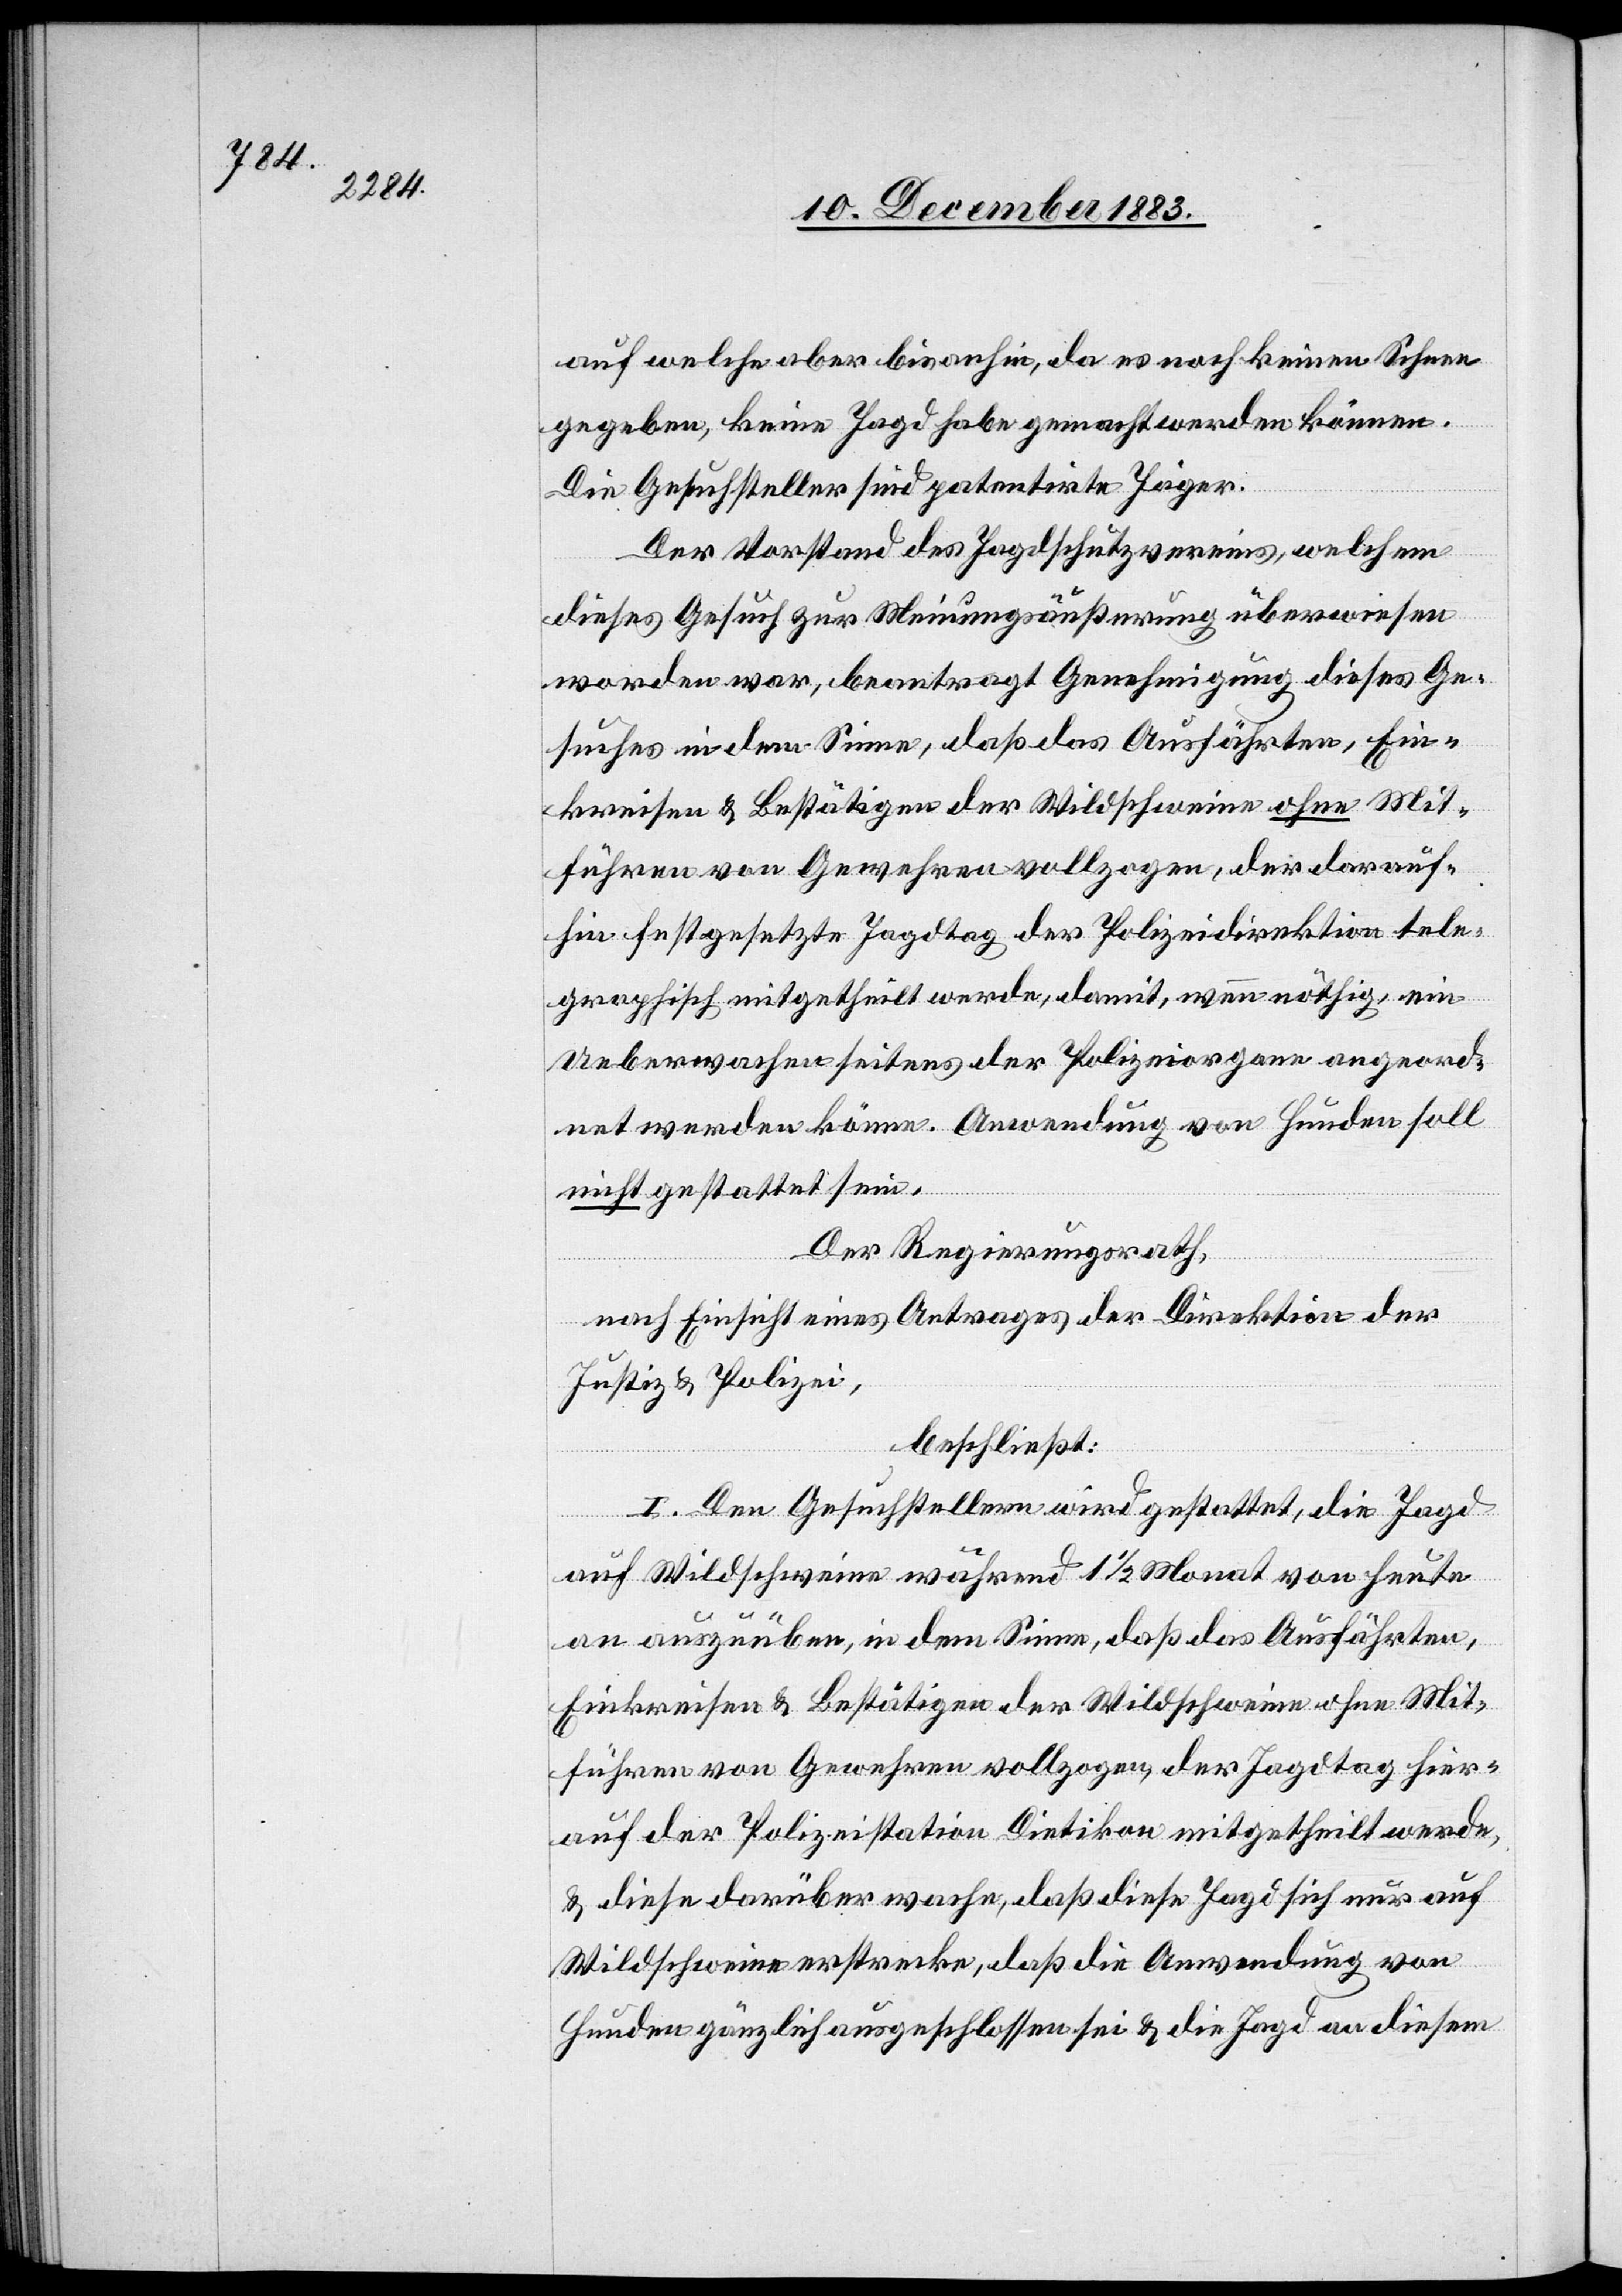
auf welche aber bisanhin, da es noch keinen Schnee
gegeben, keine Jagd habe gemacht werden können.
Die Gesuchsteller sind patentirte Jäger.
Der Vorstand des Jagdschutzvereins, welchem
dieses Gesuch zur Meinungsäußerung überwiesen
worden war, beantragt Genehmigung dieses Ge¬
suches in dem Sinne, daß das Ausfährten, Ein¬
kreisen & Bestätigen der Wildschweine ohne Mit¬
führen von Gewehren vollzogen, der darauf¬
hin festgesetzte Jagdtag der Polizeidirektion tele¬
graphisch mitgetheilt werde, damit, wenn nöthig, ein
Ueberwachen seitens der Polizeiorgane angeord¬
net werden könne. Anwendung von Hunden soll
nicht gestattet sein.
Der Regierungsrath,
nach Einsicht eines Antrages der Direktion der
Justiz & Polizei,
beschließt:
I. Den Gesuchstellern wird gestattet, die Jagd
auf Wildschweine während 1 1/2 Monat von heute
an auszuüben, in dem Sinne, daß das Ausfährten,
Einkreisen & Bestätigen der Wildschweine ohne Mit¬
führen von Gewehren vollzogen, der Jagdtag hier¬
auf der Polizeistation Dietikon mitgetheilt werde,
& diese darüber wache, daß diese Jagd sich nur auf
Wildschweine erstrecke, daß die Anwendung von
Hunden gänzlich ausgeschlossen sei & die Jagd an diesem